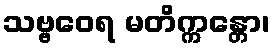
သဗ္ဗဝေရ မတိက္ကန္တော၊